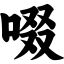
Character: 啜